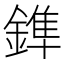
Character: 鎨